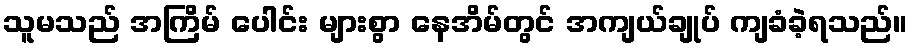
သူမသည် အကြိမ် ပေါင်း များစွာ နေအိမ်တွင် အကျယ်ချုပ် ကျခံခဲ့ရသည်။